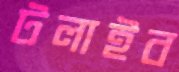
টলাইব